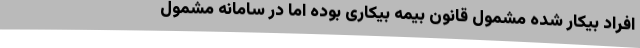
افراد بیکار شده مشمول قانون بیمه بیکاری بوده اما در سامانه مشمول